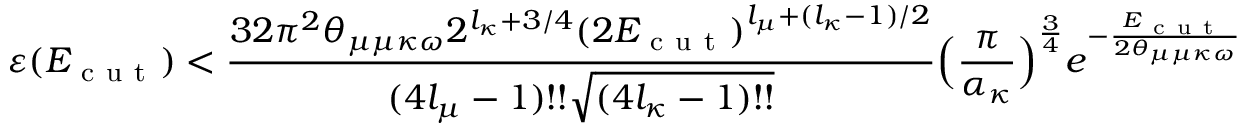
\varepsilon ( E _ { \mathrm { ~ c ~ u ~ t ~ } } ) < \frac { 3 2 \pi ^ { 2 } \theta _ { \mu \mu \kappa \omega } 2 ^ { l _ { \kappa } + 3 / 4 } ( 2 E _ { \mathrm { ~ c ~ u ~ t ~ } } ) ^ { l _ { \mu } + ( l _ { \kappa } - 1 ) / 2 } } { ( 4 l _ { \mu } - 1 ) ! ! \sqrt { ( 4 l _ { \kappa } - 1 ) ! ! } } \Big ( \frac { \pi } { \alpha _ { \kappa } } \Big ) ^ { \frac { 3 } { 4 } } e ^ { - \frac { E _ { \mathrm { ~ c ~ u ~ t ~ } } } { 2 \theta _ { \mu \mu \kappa \omega } } } < \tau .